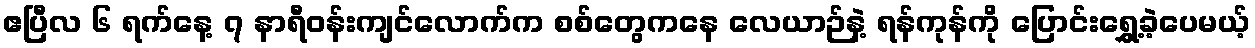
ဧပြီလ ၆ ရက်နေ့ ၇ နာရီဝန်းကျင်လောက်က စစ်တွေကနေ လေယာဉ်နဲ့ ရန်ကုန်ကို ပြောင်းရွှေ့ခဲ့ပေမယ့်